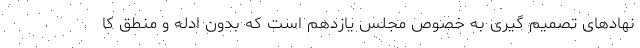
نهادهای تصمیم گیری به خصوص مجلس یازدهم است که بدون ادله و منطق کا